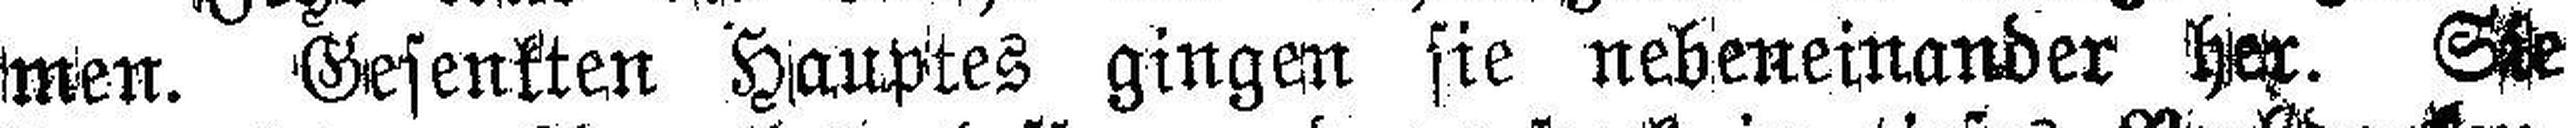
men. Gesenkten Hauptes gingen sie nebeneinander her. Sie